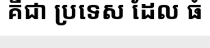
គឺជា ប្រទេស ដែល ធំ